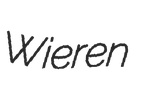
Wieren